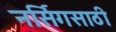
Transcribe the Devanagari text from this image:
नर्सिगसाठी